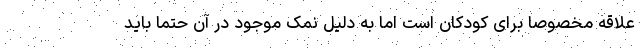
علاقه مخصوصاً برای کودکان است اما به دلیل نمک موجود در آن حتماً باید